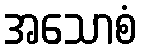
အသောစံ